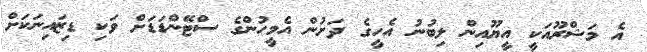
އެ މަޝްރޫއަކީ އީޔޫއިން ލިބުނު އެހީގެ ދަށުން އެމީހުންގެ ސްޓޭންޑަޑަށް ވަކި ޑިޒައިނަކަށް